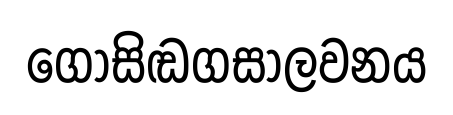
ගොසිඬගසාලවනය